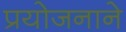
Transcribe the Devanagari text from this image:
प्रयोजनाने